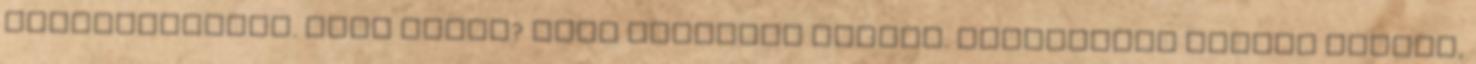
elmosolyodott. Hogy miért? Mert gondolat olvasó. Belenézett Edward fejébe,